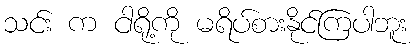
သင်း က ငါရို့ကို မရိပ်စားနိုင်ကြပါဘူး